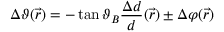
\Delta \vartheta ( { \vec { r } } ) = - \tan \vartheta _ { B } { \frac { \Delta d } { d } } ( { \vec { r } } ) \pm \Delta \varphi ( { \vec { r } } )